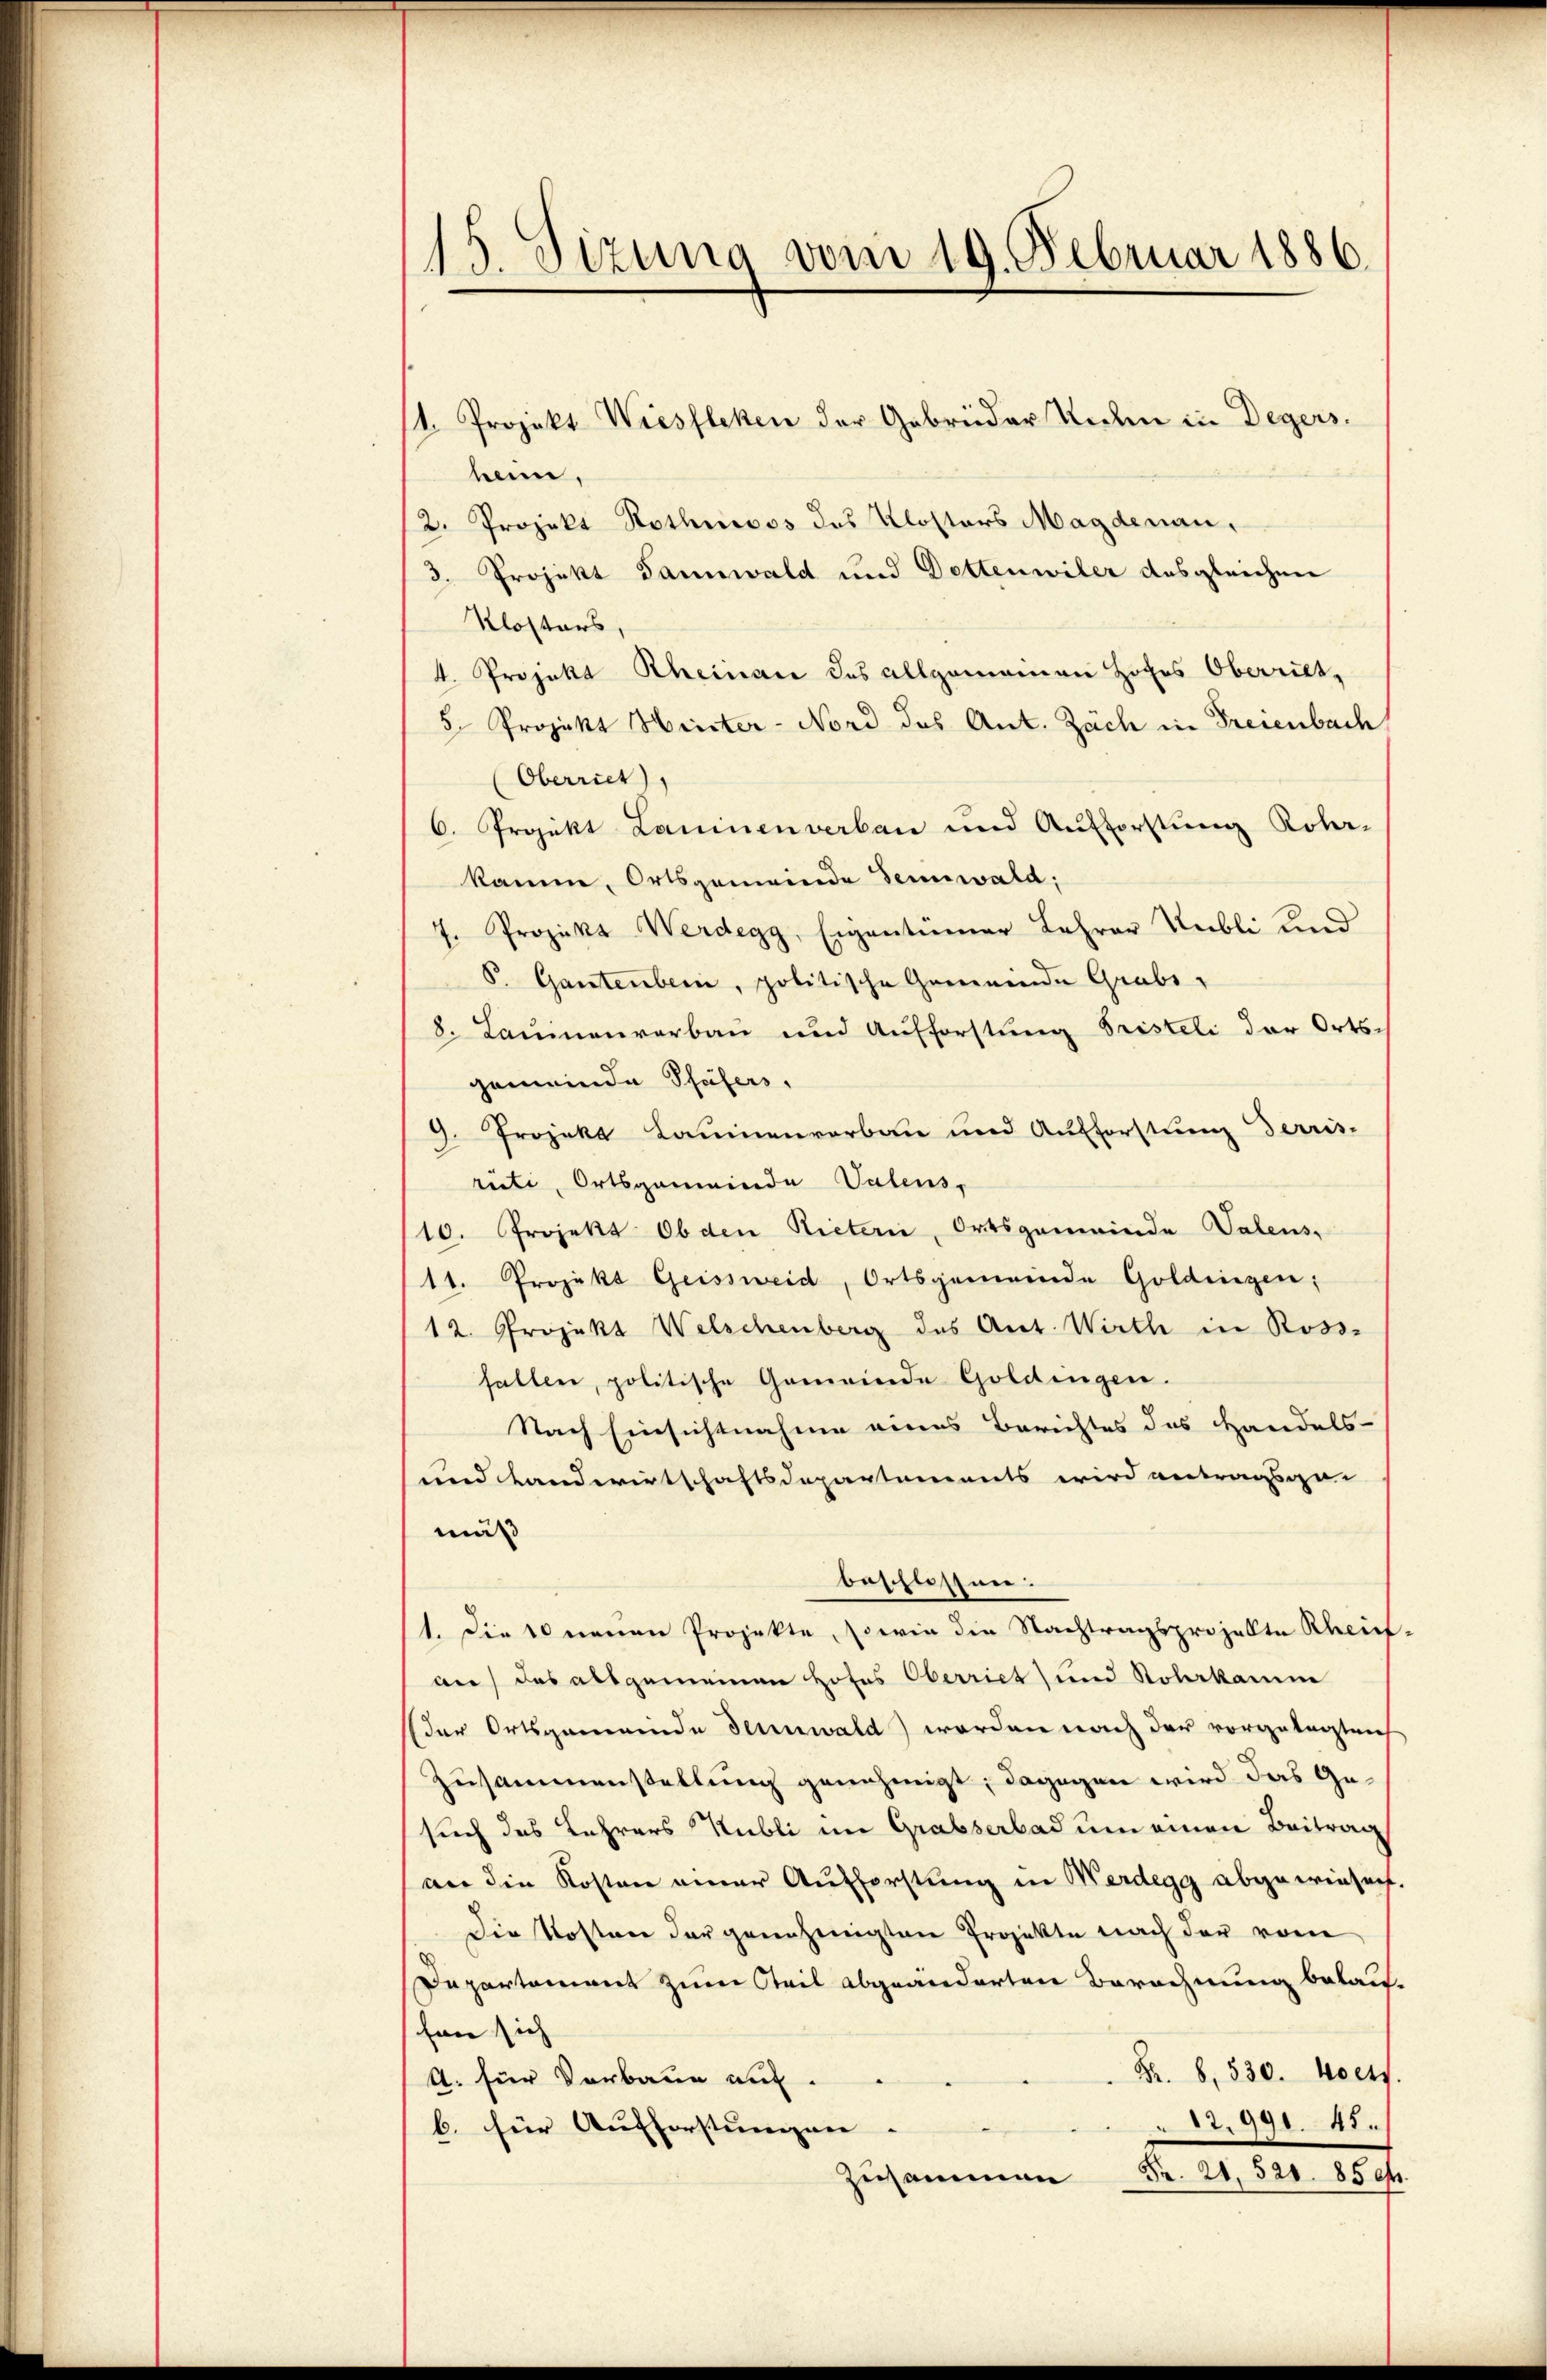
115. Sizung vom 19. Februar 1886.

(1. Projekt Wiesfleken der Gebrüder Reden in Degers.
heim.
2. Projekt Rothmoss des Klosters Magdenau,
3. Projekt dannwald und Dottenwiler ausgleichen
Klosters
4. Projekt Rheinaue des allgemeinen Hohes Oberriet,
5. Projekt Hinter-Nord des Ant. Zach in Freienbach
Oberriet),
6. Projekt Laminen verbau und Aufforstung Rober-
kamme, Ortsgemeinde Sennwald:
7. Proziks Werdegg, Eigentümer Lehrer Nubli und
P. Gantenbern, politische Gemeinde Grabs
8. Lauinenverbau und Aufforstung Fristeli der Orts-
gemeinde Schüfers,
9. Projekt Lauenverbau und Aufforstung Terris-
rüti, Ortsgemeinde Valens,
/10. Projekt Ob den Rietern, Ortsgemeinde Valens-
11. Projekt Geissweid, Ortsgemeinde Goldingen;
12. Projekt Welschenberg des Ant. Wirth in Ross-
fallen, politische Gemeinde Goldingen.
Nach Einsichtnahme eines Berichtes des Handels-
und Landwirtschaftsdepartements wird antragsge-
mäß
beschlossen.
1. Die 10 neuen Projekte, sowie die Nachtragsprojekte Rheiauf das alsgemeinen Hofes Oberriet und Roberkamme
der Ortsgemeinde dennwald werden nach der vorgelegten
Zusammenstellung genehmigt; dagegen wird das Gesuch das Lehrers Rubli im Grabserbad um einen Beitrag
an die Kosten einer Aufforstung in Werdegg abgewiesent.
Die Kosten der genehmigten Projekte nach der vom
Departement zum Teil abgeänderten Berechnung belaufen sich |
Fr. 8. 530. Moets.
4. für Verbaue auf.
17.991. 45.
b. für Aufforstungen. |
Zusammen Fr. 21. 521. 8504.